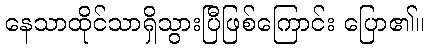
နေသာထိုင်သာရှိသွားပြီဖြစ်ကြောင်း ပြော၏။